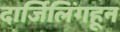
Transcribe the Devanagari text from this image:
दार्जिलिंगहून